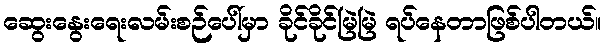
ဆွေးနွေးရေးလမ်းစဉ်ပေါ်မှာ ခိုင်ခိုင်မြဲမြဲ ရပ်နေတာဖြစ်ပါတယ်။